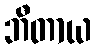
ဘီတာယ